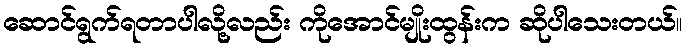
ဆောင်ရွက်ရတာပါလို့လည်း ကိုအောင်မျိုးထွန်းက ဆိုပါသေးတယ်။